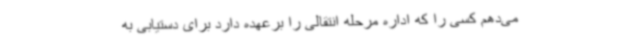
می‌دهم کسی را که اداره مرحله انتقالی را برعهده دارد برای دستیابی به